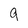
Character: q